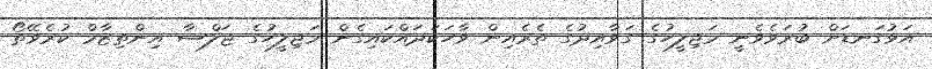
އަޅުގަނޑަށް ބުރަވެވެނީ މަޖިލީހުގެ ގަވާއިދުގެ ތެރެއިން ވާހަކަދައްކައިގެން މަޖިލީހުގެ ޖަލްސާ އިންތިޒާމް ކުރެވޭތޯ